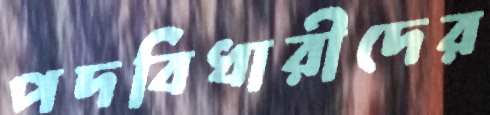
পদবিধারীদের